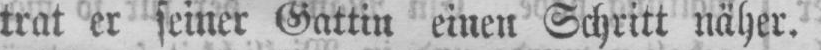
trat er seiner Gattin einen Schritt näher.